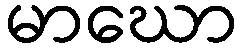
မာဃော